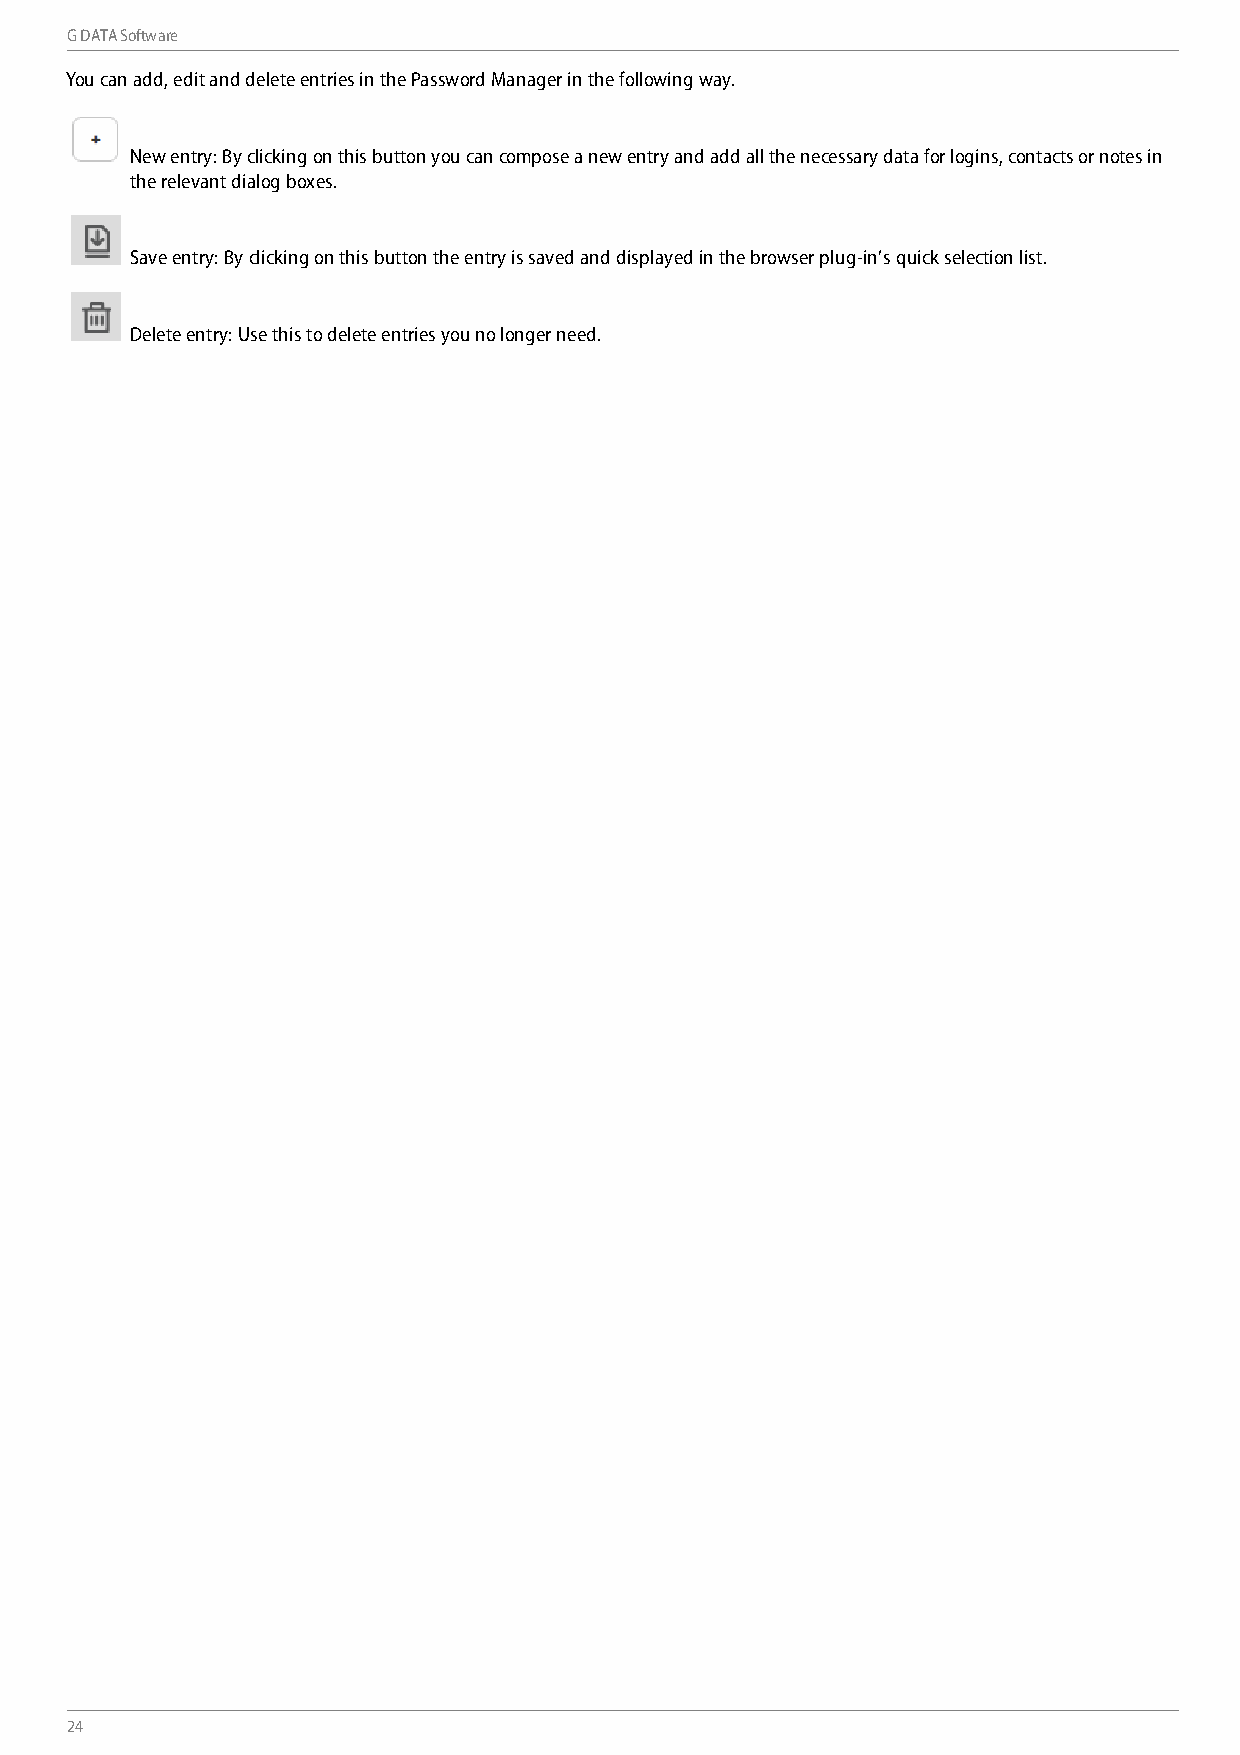
G DATA Software
 You can add, edit and delete entries in the Password Manager in the following way.
 New entry: By clicking on this button you can compose a new entry and add all the necessary data for logins, contacts or notes in
 the relevant dialog boxes.
 Save entry: By clicking on this button the entry is saved and displayed in the browser plug-in’s quick selection list.
 Delete entry: Use this to delete entries you no longer need.
 24